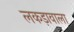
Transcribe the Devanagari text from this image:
लकड़ावाला